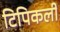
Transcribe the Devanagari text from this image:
टिपिकली